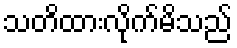
သတိထားလိုက်မိသည်